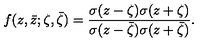
f ( z , \bar { z } ; \zeta , \bar { \zeta } ) = { \frac { \sigma ( { z - \zeta } ) \sigma ( { z + \zeta } ) } { \sigma ( { z - \bar { \zeta } } ) \sigma ( { z + \bar { \zeta } } ) } } .